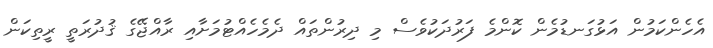
އެހެންކަމުން އަޅުގަނޑުމެން ކޮންމެ ފަރުދަކުވެސް މި ދިރުންތައް ދެމެހެއްޓުމަށާއި ރާއްޖޭގެ ޤުދުރަތީ ރީތިކަން